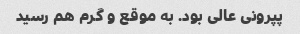
پپرونی عالی بود. به موقع و گرم هم رسید